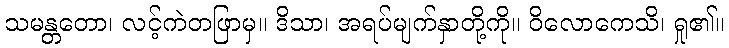
သမန္တတော၊ လင့်ကဲတဖြာမှ။ ဒိသာ၊ အရပ်မျက်နှာတို့ကို။ ဝိလောကေသိ၊ ရှု၏။